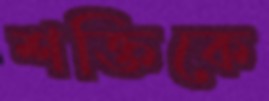
শক্তিকে